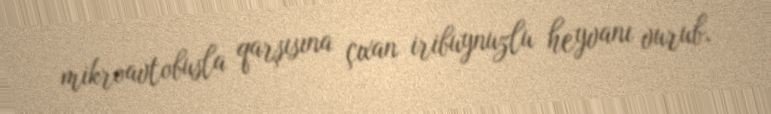
mikroavtobusla qarşısına çıxan iribuynuzlu heyvanı vurub.